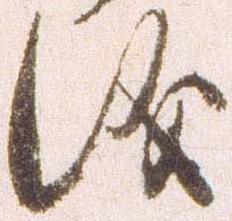
儀